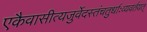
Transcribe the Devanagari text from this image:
एकैवासीत्यजुर्वेदस्तंचतुर्धाःव्यवर्तयत्